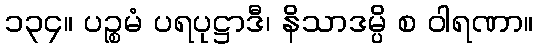
၁၃၄။ ပဉ္စမံ ပရပုဋ္ဌာဒီ၊ နိသာဒမ္ပိ စ ဝါရဏာ။